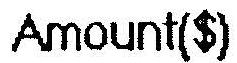
AMOUNT($)